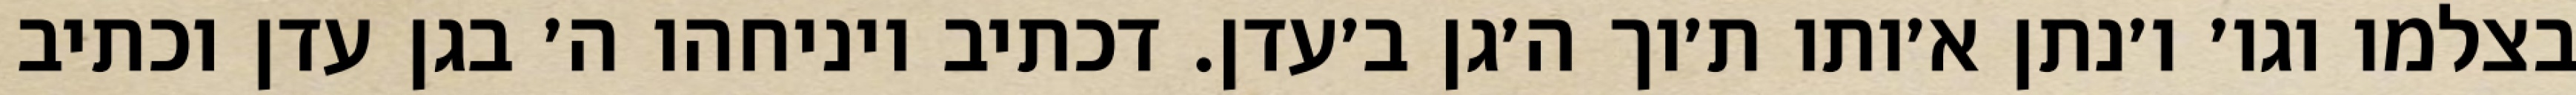
בצלמו וגו׳ ו׳נתן א׳ותו ת׳וך ה׳גן ב׳עדן. דכתיב ויניחהו ה׳ בגן עדן וכתיב